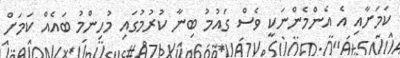
ކަމަށާއި އެ އެންމެންނަކީ ވެސް ގައުމު ބިނާ ކުރުމުގައި މުުހިންމު ބައެއް ކަމަށް